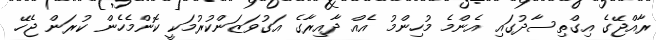
ރާއްޖޭގެ އިގްތިސާދުގައި އެންމެ މުހިންމު އެއް ދާއިރާގެ އަގުވަޒަންކުރުމަކީ ކޮންމެހެން ކުރަން ޖެހޭ